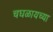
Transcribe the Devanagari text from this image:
चघळायच्या